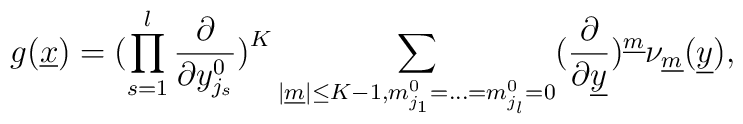
g(\underline{x} ) = \bigl( \prod_{s = 1}^{l}\frac{\partial }{\partial y_{j_{s}}^{0}} \bigr)^{K}\sum_{|\underline{m} | \leq K - 1, m_{j_{1}}^{0} = ... = m_{j_{l}}^{0} = 0}(\frac{\partial }{\partial \underline{y} })^{\underline{m} }\nu_{\underline{m} } (\underline{y} ),